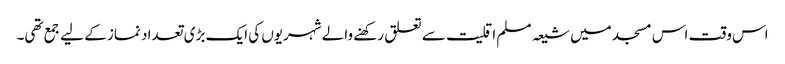
اس وقت اس مسجد میں شیعہ مسلم اقلیت سے تعلق رکھنے والے شہریوں کی ایک بڑی تعداد نماز کے لیے جمع تھی۔